King Institute of Preventive Medicine Micro-Biological Section reports 1912-19
Year: 1912
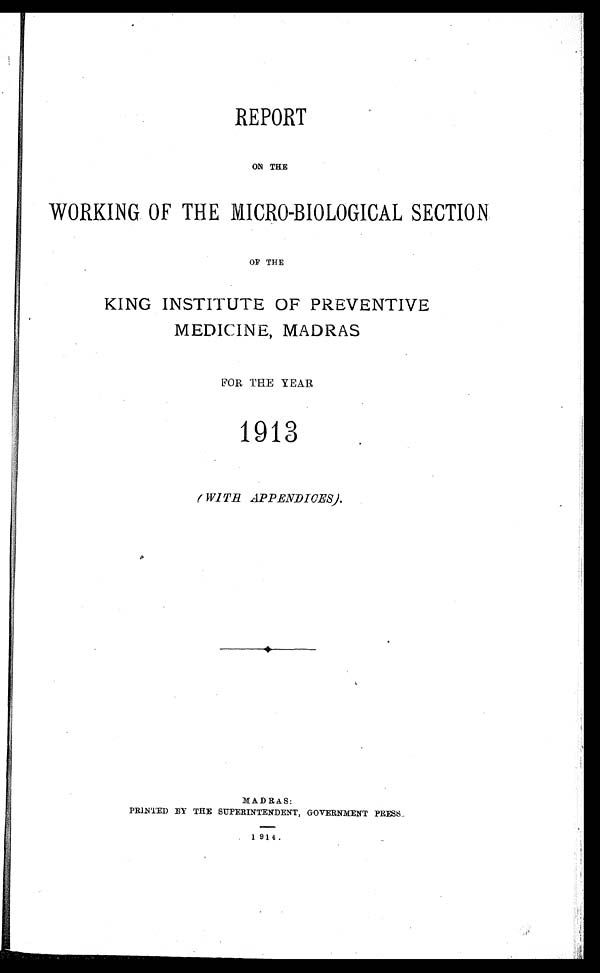
REPORT
ON THE
WORKING. OF THE MICRO–BIOLOGICAL SECTION.
OF THE
KING INSTITUTE OF PREVENTIVE
MEDICINE, MADRAS
FOR THE YEAR
1913
(WITH APPENDICES).
MADRAS:
PRINTED BY THE SUPERINTENDENT, GOVERNMENT PRESS..
1914.